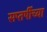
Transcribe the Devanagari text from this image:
सप्तर्षीच्या